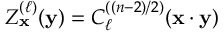
Z _ { \mathbf { x } } ^ { ( \ell ) } ( { \mathbf { y } } ) = C _ { \ell } ^ { ( ( n - 2 ) / 2 ) } ( { \mathbf { x } } \cdot { \mathbf { y } } )